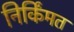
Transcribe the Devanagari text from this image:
निर्किंमत